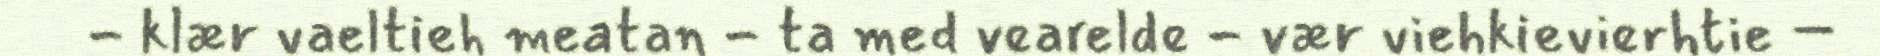
- klær vaeltieh meatan - ta med vearelde - vær viehkievierhtie –